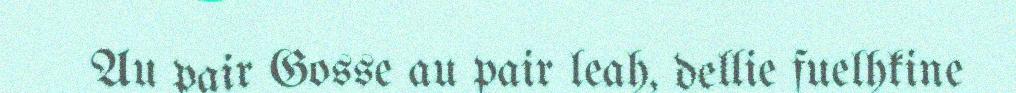
Au pair Gosse au pair leah, dellie fuelhkine